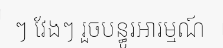
ៗ វែងៗ រួចបន្ធូរអារម្មណ៍